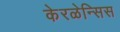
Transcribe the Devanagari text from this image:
केरळेन्सिस